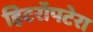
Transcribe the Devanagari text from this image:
हिटरॉपटेरा